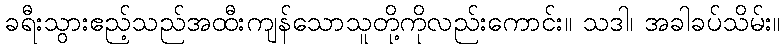
ခရီးသွားဧည့်သည်အထီးကျန်သောသူတို့ကိုလည်းကောင်း။ သဒါ၊ အခါခပ်သိမ်း။